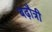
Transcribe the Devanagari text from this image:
बढ़ौत्री